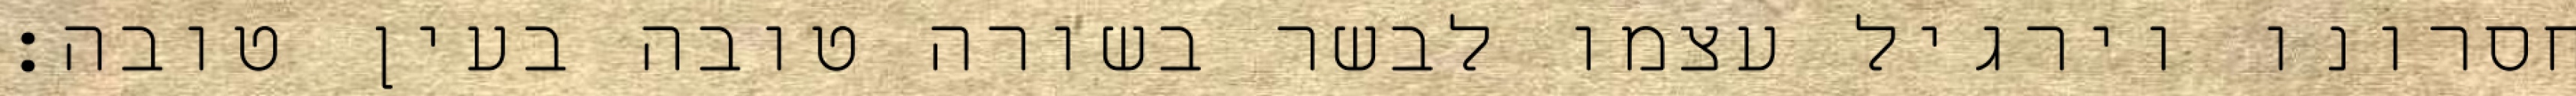
חסרונו וירגיל עצמו לבשר בשורה טובה בעין טובה: